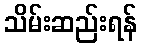
သိမ်းဆည်းရန်